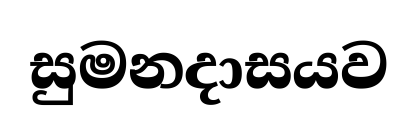
සුමනදාසයව